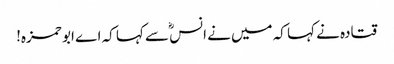
قتادہ نے کہا کہ میں نے انسؓ سے کہا کہ اے ابو حمزہ!